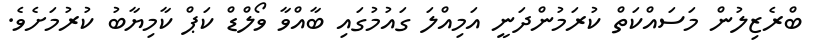
ބްރެޒިލުން މަސައްކަތް ކުރަމުންދަނީ އަމިއްލަ ގައުމުގައި ބާއްވާ ވޯލްޑް ކަޕް ކާމިޔާބު ކުރުމަށެވެ.